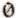
0